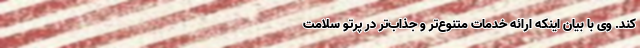
کند. وی با بیان اینکه ارائه خدمات متنوع‌تر و جذاب‌تر در پرتو سلامت